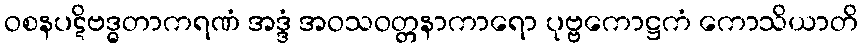
ဝစနပဋိဗဒ္ဓတာကရဏံ အဒ္ဒံ အဝသဝတ္တနာကာရော ပုဗ္ဗကောဋ္ဌကံ ကောသိယာတိ